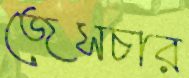
জেসচার